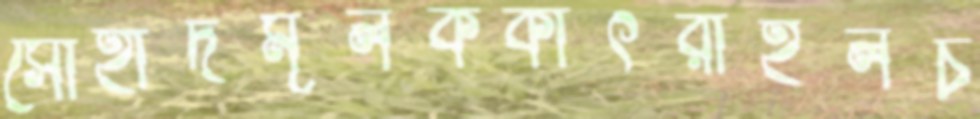
সৌহার্দমূলককাৎরাইলচ